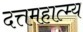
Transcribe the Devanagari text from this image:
दत्तमहात्म्य